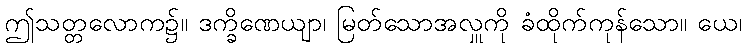
ဤသတ္တလောက၌။ ဒက္ခိဏေယျာ၊ မြတ်သောအလှူကို ခံထိုက်ကုန်သော။ ယေ၊